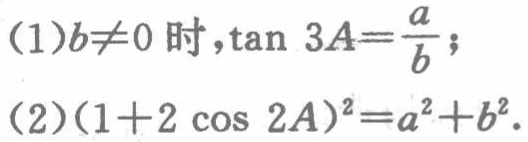
(1)$b\neq0\text{ 时},\tan 3A = \frac{a}{b};$

(2)$(1 + 2\cos 2A)^2=a^2 + b^2.$